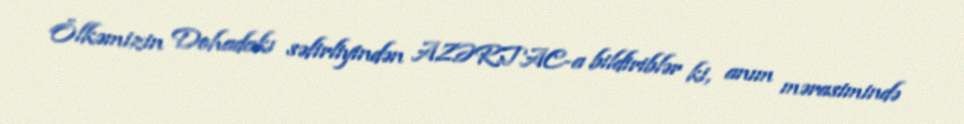
Ölkəmizin Dohadakı səfirliyindən AZƏRTAC-a bildiriblər ki, anım mərasimində